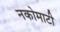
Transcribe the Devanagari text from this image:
नकोमाटी